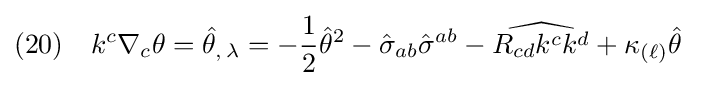
(20)\quad k^{c}\nabla _{c}\theta ={\hat {\theta }}_{,\,\lambda }=-{\frac {1}{2}}{\hat {\theta }}^{2}-{\hat {\sigma }}_{ab}{\hat {\sigma }}^{ab}-{\widehat {R_{cd}k^{c}k^{d}}}+\kappa _{(\ell )}{\hat {\theta }}\;